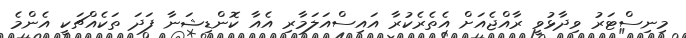
މިނިސްޓަރު ވިދާޅުވީ ރާއްޖެއަށް އެތެރެކުރާ އައިސްއަަލަމާރި އެއާ ކޮންޑިޝަނާ ފަދަ ތަކެއްޗަކީ އެންމެ